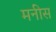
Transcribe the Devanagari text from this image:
मनीस